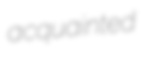
acquainted